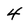
Character: 4